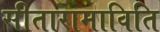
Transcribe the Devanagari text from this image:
सीतारामाविति